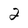
Character: 2